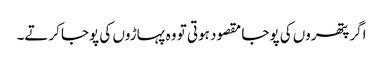
اگر پتھروں کی پوجا مقصود ہوتی تو وہ پہاڑوں کی پوجا کرتے۔